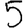
Digit: 5